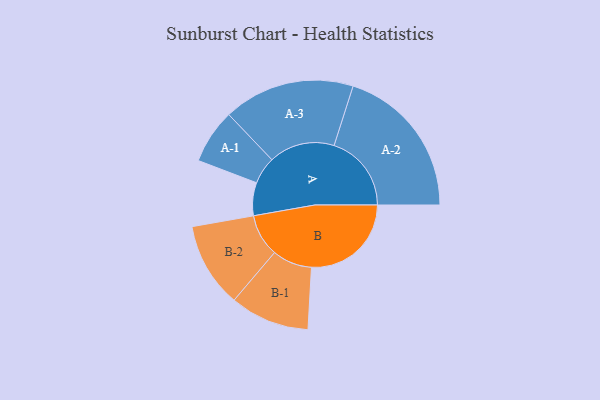
{"axis": {"x": "Segment", "y": "Value"}, "legend": ["", "A", "B"], "data": [{"x": "A", "y": 122, "type": ""}, {"x": "B", "y": 369, "type": ""}, {"x": "A-1", "y": 101, "type": "A"}, {"x": "A-2", "y": 286, "type": "A"}, {"x": "A-3", "y": 243, "type": "A"}, {"x": "B-1", "y": 147, "type": "B"}, {"x": "B-2", "y": 157, "type": "B"}]}